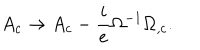
LaTeX: A _ { c } \rightarrow A _ { c } - \frac { i } { e } \Omega ^ { - 1 } \Omega _ { , c } .